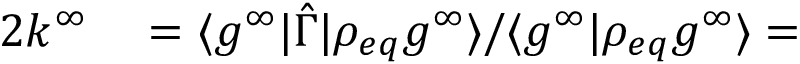
\begin{array} { r l } { 2 k ^ { \infty } } & { { } = \langle g ^ { \infty } \rvert \hat { \Gamma } \rvert \rho _ { e q } g ^ { \infty } \rangle / \langle g ^ { \infty } \rvert \rho _ { e q } g ^ { \infty } \rangle = } \end{array}